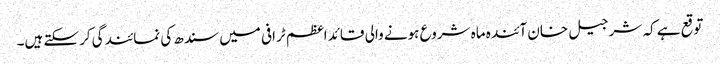
توقع ہے کہ شر جیل خان آئندہ ماہ شروع ہونے والی قائد اعظم ٹرافی میں سندھ کی نمائندگی کرسکتے ہیں۔